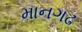
માનગઢ